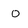
Character: O